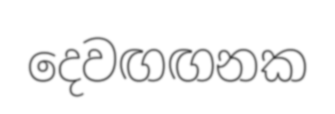
දෙවඟඟනක